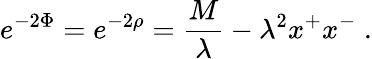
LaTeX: e^{-2\Phi}=e^{-2\rho}={\frac{M}{\lambda}}-\lambda^{2}x^{+}x^{-}\; .